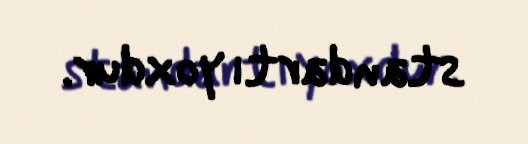
standartı yoxdur.